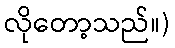
လိုတော့သည်။)